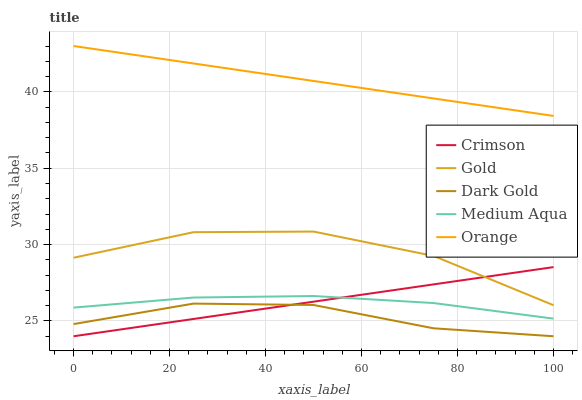
| xaxis_label | Crimson | Gold | Dark Gold | Medium Aqua | Orange |
 | --- | --- | --- | --- | --- | --- |
 | 0 | 24 | 29.1 | 24.8 | 25.9 | 43 |
 | 25 | 25.1 | 30.8 | 26.1 | 26.5 | 41.9 |
 | 50 | 26.3 | 30.9 | 26 | 26.6 | 40.7 |
 | 75 | 27.4 | 29.3 | 24.5 | 26.2 | 39.6 |
 | 100 | 28.5 | 26 | 24 | 25.2 | 38.4 |